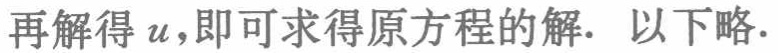
再解得\(u\)，即可求得原方程的解. 以下略.